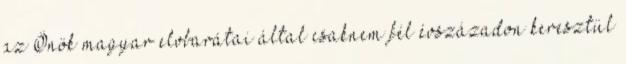
az Önök magyar elvbarátai által csaknem fél évszázadon keresztül